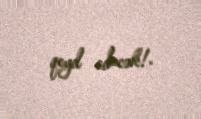
qeyd edəcək!.